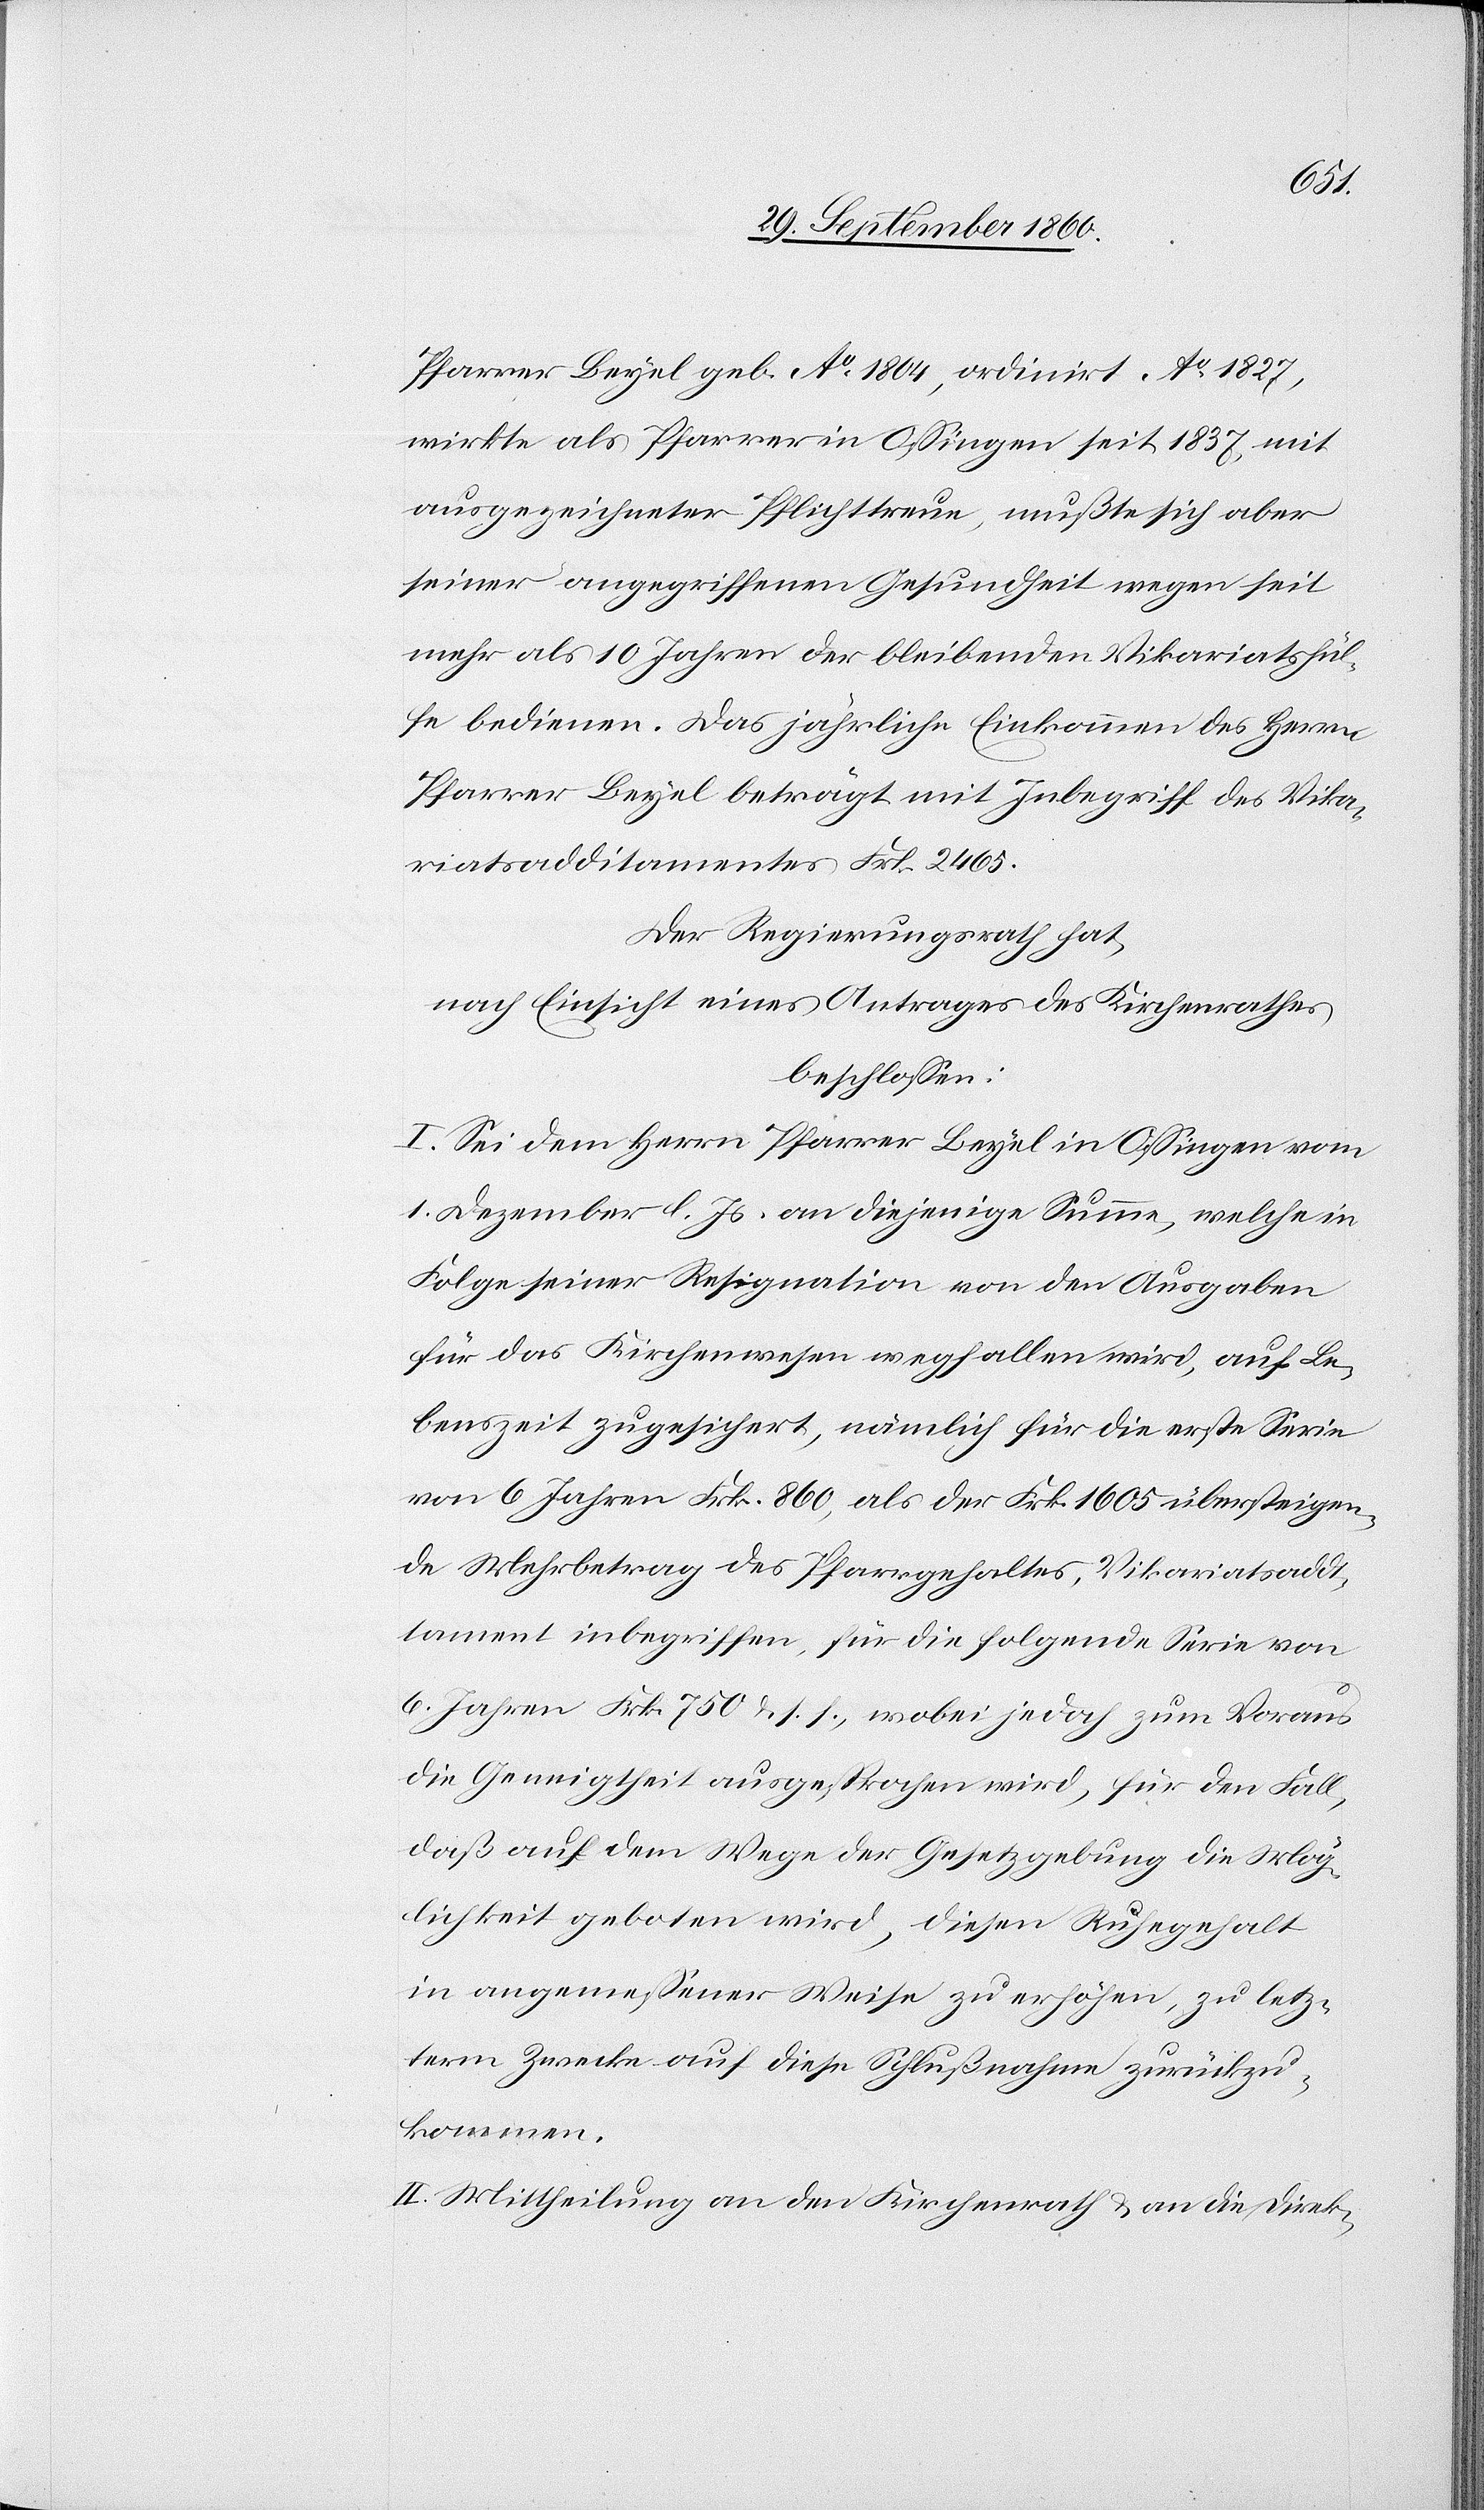
Pfarrer Beyel geb. Ao 1804, ordinirt Ao 1827,
wirkte als Pfarrer in Ossingen seit 1837 mit
ausgezeichneter Pflichttreue, mußte sich aber
seiner angegriffenen Gesundheit wegen seit
mehr als 10. Jahren der bleibenden Vikariatshül¬
fe bedienen. Das jährliche Einkommen des Herrn
Pfarrer Beyel beträgt mit Inbegriff des Vika¬
riatsadditamentes Frk. 2465.
Der Regierungsrath hat,
nach Einsicht eines Antrages des Kirchenrathes
beschlossen:
I. Sei dem Herrn Pfarrer Beyel in Ossingen vom
1. Dezember l. Js. an diejenige Summe, welche in
Folge seiner Resignation von den Ausgaben
für das Kirchenwesen wegfallen wird, auf Le¬
benszeit zugesichert, nämlich für die erste Serie
von 6. Jahren Frk. 860, als der Frk. 1605 übersteigen¬
de Mehrbetrag des Pfarrgehaltes, Vikariatsaddi¬
tament inbegriffen, für die folgende Serie von
6. Jahren Frk. 750 u. s. f., wobei jedoch zum Voraus
die Geneigtheit ausgesprochen wird, für den Fall,
daß auf dem Wege der Gesetzgebung die Mög¬
lichkeit geboten wird, diesen Ruhegehalt
in angemessener Weise zu erhöhen, zu letz¬
term Zwecke auf diese Schlußnahme zurückzu¬
kommen.
II. Mittheilung an den Kirchenrath & an die Direk-